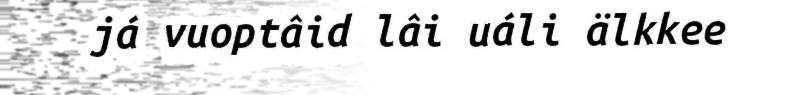
já vuoptâid lâi uáli älkkee